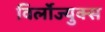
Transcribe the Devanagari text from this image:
विर्लोज्युक्स